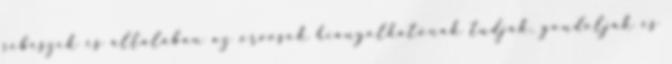
sebészek és általában az orvosok hiányolhatónak tudják, gondolják és